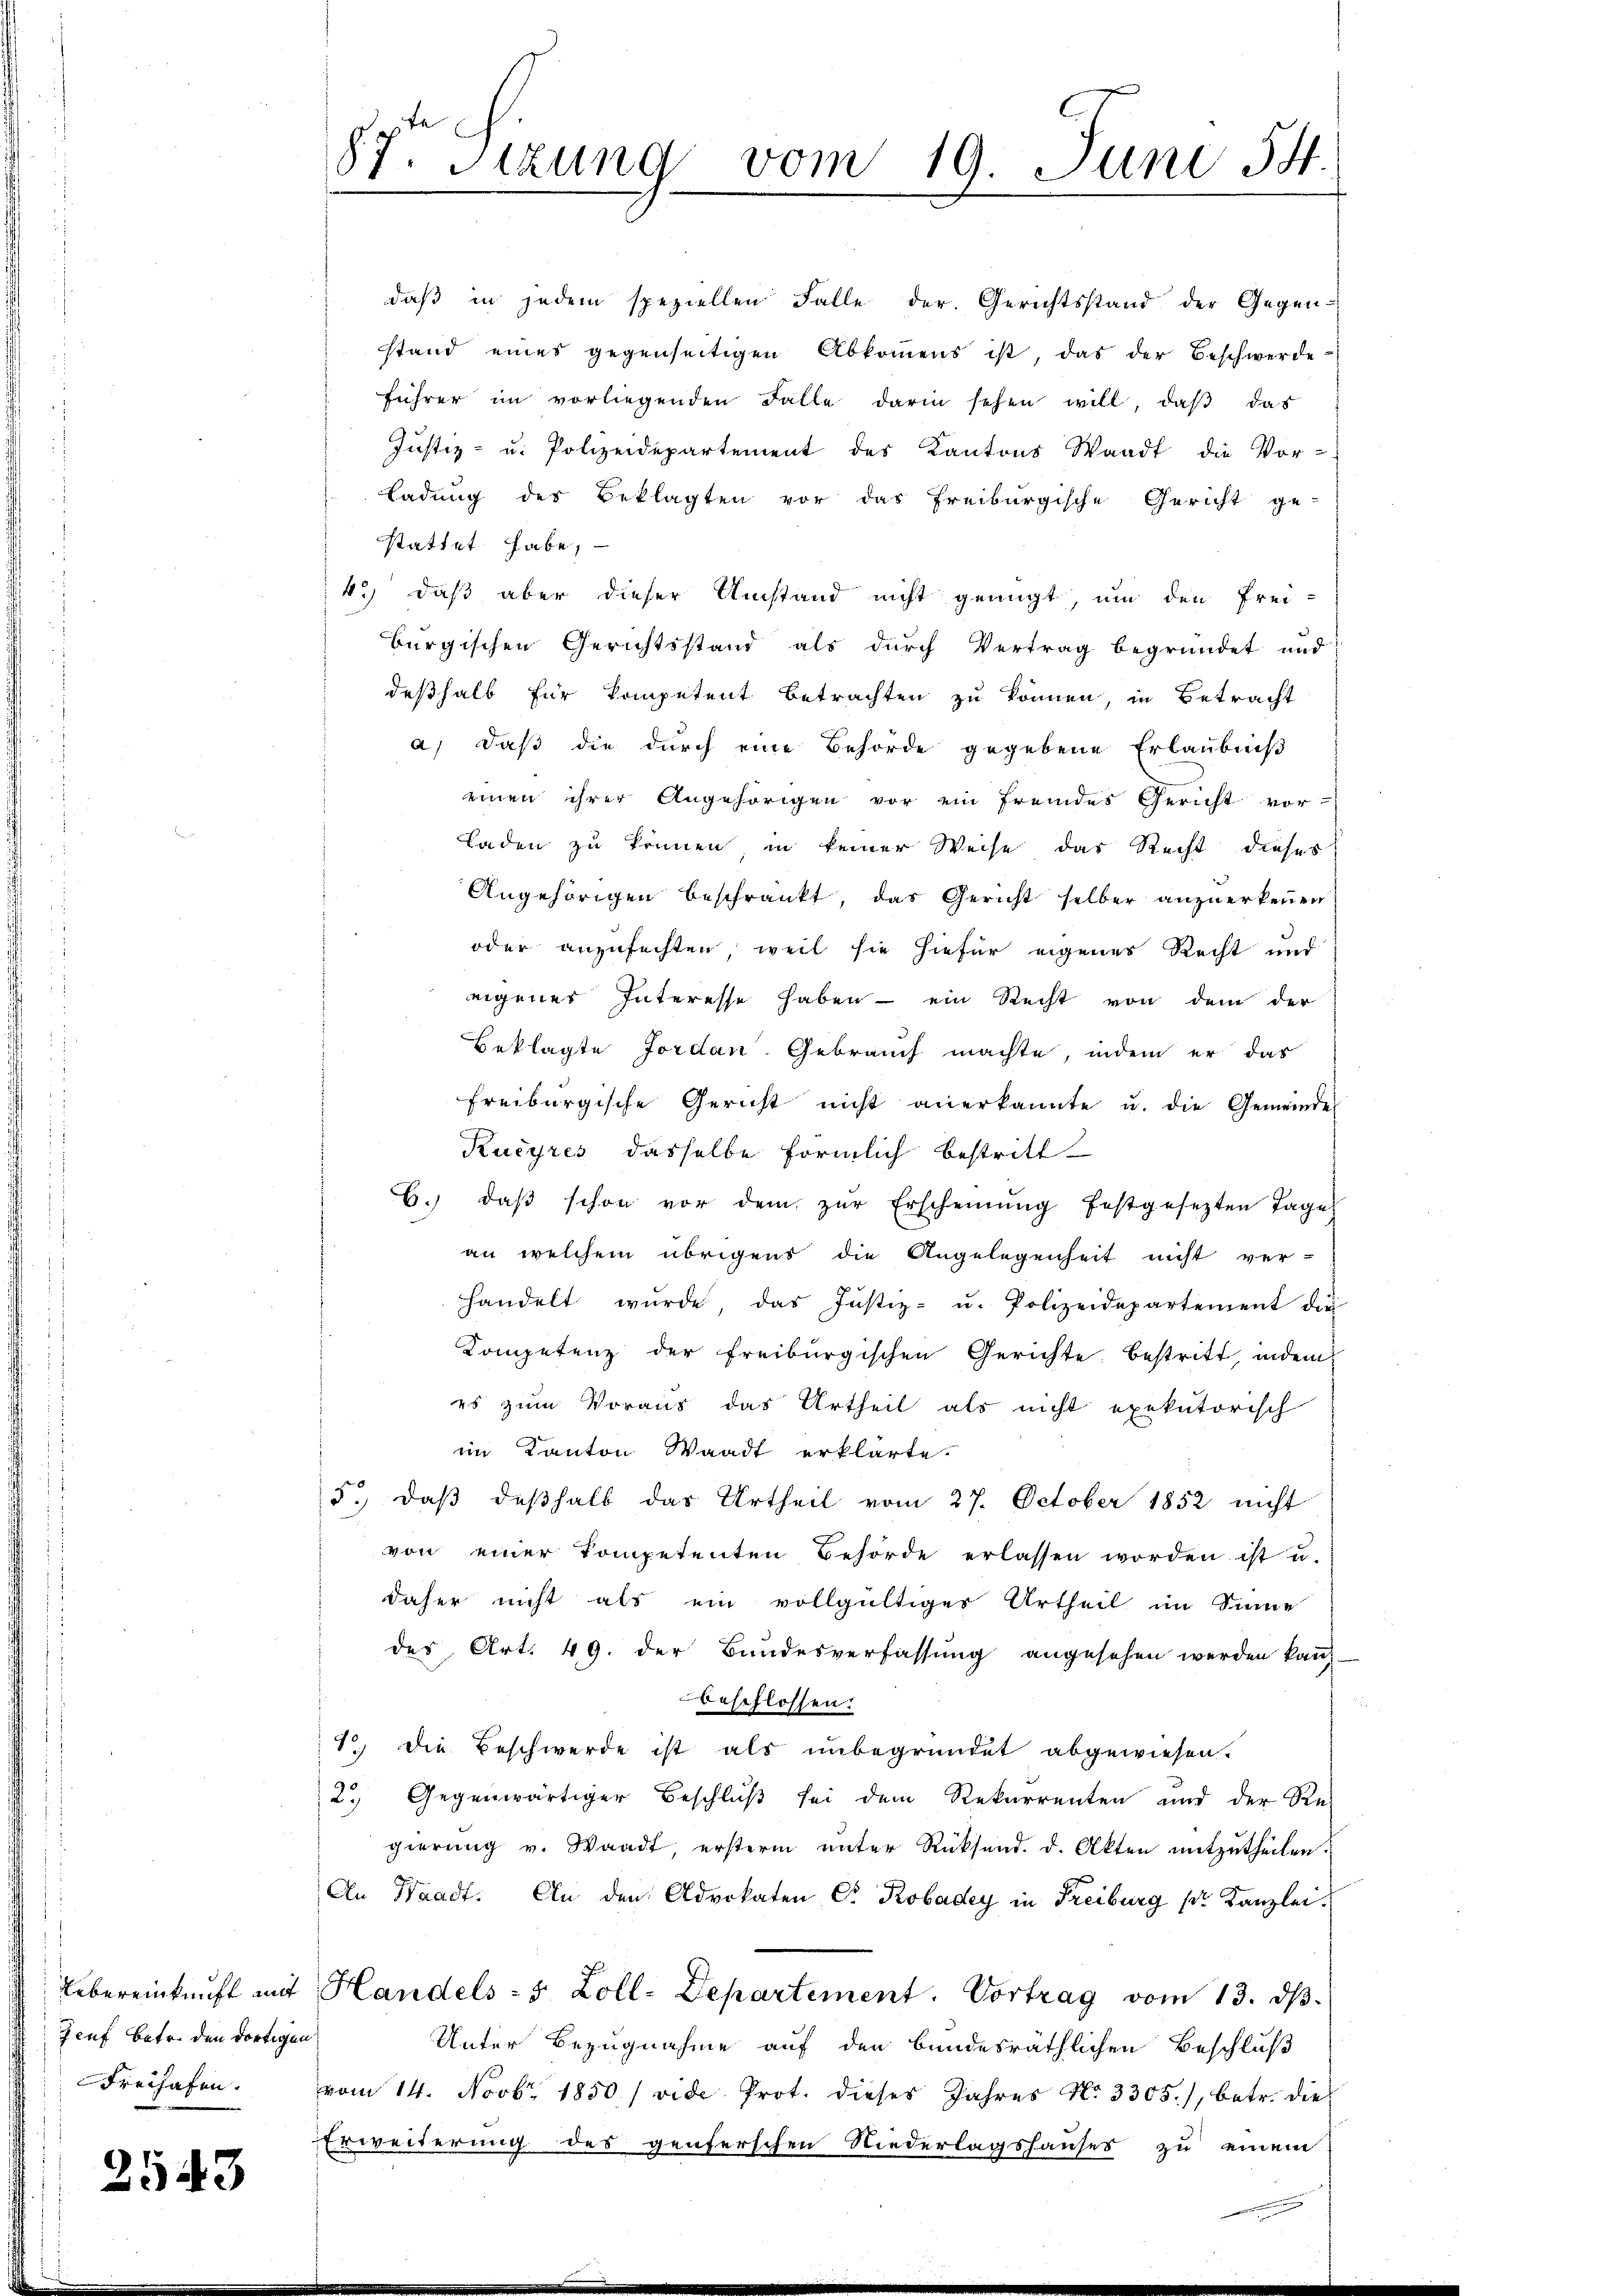
Genf betr. den dortigen

2543

87. Sizung vom 19. Juni 14.

daß in jedem speziellen Falle der Gerichtsstand der Gegen-
stand eines gegenseitigen Abkommens ist, das der Beschwerde-
führer im vorliegenden Falle darin sehen will, daβ das
Justiz- u. Polizeidepartement des Kantons Waadt die Vor-
Ladung des Beklagten vor das Freiburgische Gericht ge-
stattet habe,
4.) daß aber dieser Umstand nicht genügt, um den Frei-
burgischen Gerichtsstand als durch Vertrag begründet und
deßhalb für Kompetent betrachten zu können, in Betracht
a) daß die durch eine Behörde gegebene Erlaubniß
einen ihrer Angehörigen vor ein fremdes Gericht vor-
Laden zu können, in keiner Weise das Recht dieses
Angehörigen beschränkt, das Gericht selber anzuerkennen
oder anzufechten, weil sie hiefür eigenes Recht und
eigenes Interesse haben - ein Recht von dem der
Beklagte Jordan- Gebrauch machte, indem er das
Freiburgische Gericht nicht anerkannte u. die Gemeindes
Kucyres dasselbe förmlich bestritt
b. daβ schon vor dem zŭr Erscheinung festgesetzten Tages
an welchem übrigens die Angelegenheit nicht ver-
handelt wŭrde, das Justiz- u. Polizeidepartement die
Kompetenz der Freiburgischen Gerichte bestritt, indem
es zum Voraus das Urtheil als nicht exekutorisch
im Kanton Waadt erklärte.
d., daß deßhalb das Urtheil vom 27. October 1852 nicht
von einer Kompetenten Behörde erlassen worden ist u.
daher nicht als ein vollgültiger Urtheil im Sinne
des Art. 49. der Bundesverfassung angesehen werden kan
beschlossen:
S. die Beschwerde ist als unbegründet abgewiesen.
2.) Gegenwärtiger Beschluß sei dem Rekurrenten und der Re-
gierung v. Waadt, ersterm unter Rücksend. d. Akten mitzutheilen.
An Waadt. An den Advokaten Dr. Robadey in Freiburg (r Kanzlei-
Uebereinkunft mit Handels- 5 Zoll-Departement. Vortrag vom 13. dβ.
Unter Bezugnahme auf den bundesräthlichen Beschluß
Freihafen. vom 14. Novbr. 1850 / vide Prot. dieses Jahres No. 3305), betr. die
Erweiterung des genferschen Niederlagshauses zu einem